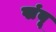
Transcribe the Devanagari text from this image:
खंबू